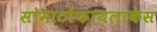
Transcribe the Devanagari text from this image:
सोमाटोफायलाकेस